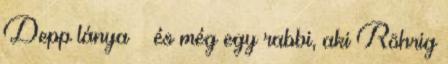
Depp lánya – és még egy rabbi, aki Röhrig